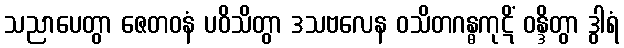
သညာပေတွာ ဇေတဝနံ ပဝိသိတွာ ဒသဗလေန ဝသိတဂန္ဓကုဋိံ ဝန္ဒိတွာ ဒွါရံ